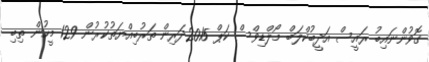
ގޮވުންނައިބު ރައީސް އަދީބުކްލަބް މޯލްޑިވްސް ކަޕް 2015ދަރިން ތަރުބިއްޔަތުކުރުން 129 މީހުން ތިބި